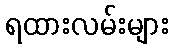
ရထားလမ်းများ